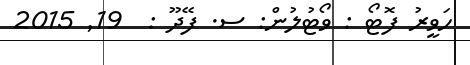
ހަވީރު ފޮޓޯ : ވޯޓުލުން: ސ. ފޭދޫ :  19